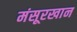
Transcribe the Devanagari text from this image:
मंसूरखान